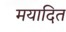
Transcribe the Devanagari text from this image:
मयादित